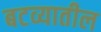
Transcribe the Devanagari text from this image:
बटव्यातील